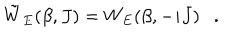
\tilde { W } _ { E } ( \beta , J ) = W _ { E } ( \beta , - i J ) .